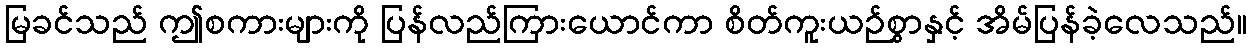
မြခင်သည် ဤစကားများကို ပြန်လည်ကြားယောင်ကာ စိတ်ကူးယဉ်စွာနှင့် အိမ်ပြန်ခဲ့လေသည်။